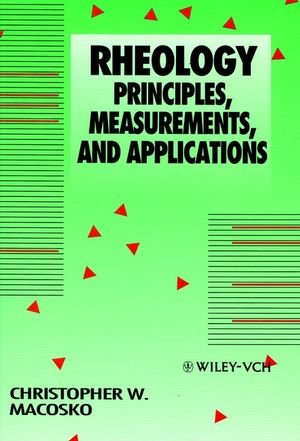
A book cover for Rheology: Principles, Measurements, and Applications; Christopher W. Macosko; Science & Math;